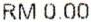
RM 0.00